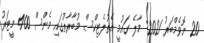
20 ނޮވެމްބަރު 2021: މާލެ ގައުމީ އެތުލެޓިކްސް މުބާރާތުގައި މެންސް 400 މީޓަރު